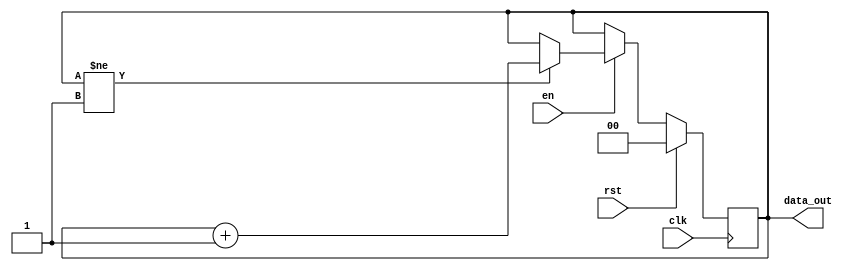
`timescale 1ns/1ps

module counter (
  input 	   clk,
  input 	   rst,
  input 	   en,
  output reg [1:0] data_out
);


always @ (posedge clk) begin
    if (rst == 1'b1) begin
        data_out <= 2'b0;
    end
    else if (en == 1'b1 ) begin
        if(data_out != 2'b01)
            data_out <= data_out+1'b1;//foi mudado o limite do contador
        end
    end

endmodule